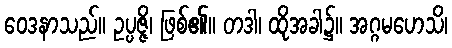
ဝေဒနာသည်။ ဥပ္ပဇ္ဇိ၊ ဖြစ်၏။ တဒါ၊ ထိုအခါ၌။ အဂ္ဂမဟေသိ၊